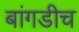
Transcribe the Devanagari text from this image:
बांगडीच